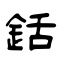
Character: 銛